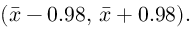
( { \bar { x } } - 0 . 9 8 , \, { \bar { x } } + 0 . 9 8 ) .